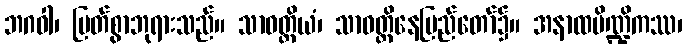
ဘဂဝါ၊ မြတ်စွာဘုရားသည်။ သာဝတ္ထိယံ၊ သာဝတ္ထိနေပြည်တော်၌။ အနာထပိဏ္ဍိကဿ၊